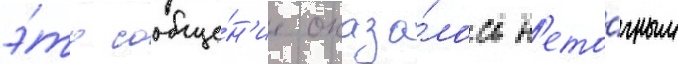
э́то сообще́н'ие оказа́лось н'ето́чным